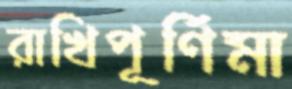
রাখিপূর্ণিমা